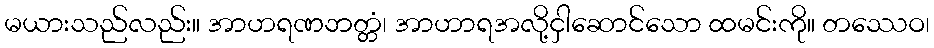
မယားသည်လည်း။ အာဟရဏဘတ္တံ၊ အာဟာရအလို့ငှါဆောင်သော ထမင်းကို။ တဿေဝ၊